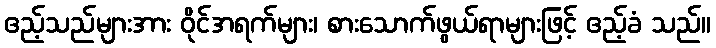
ဧည့်သည်များအား ဝိုင်အရက်များ၊ စားသောက်ဖွယ်ရာများဖြင့် ဧည့်ခံ သည်။